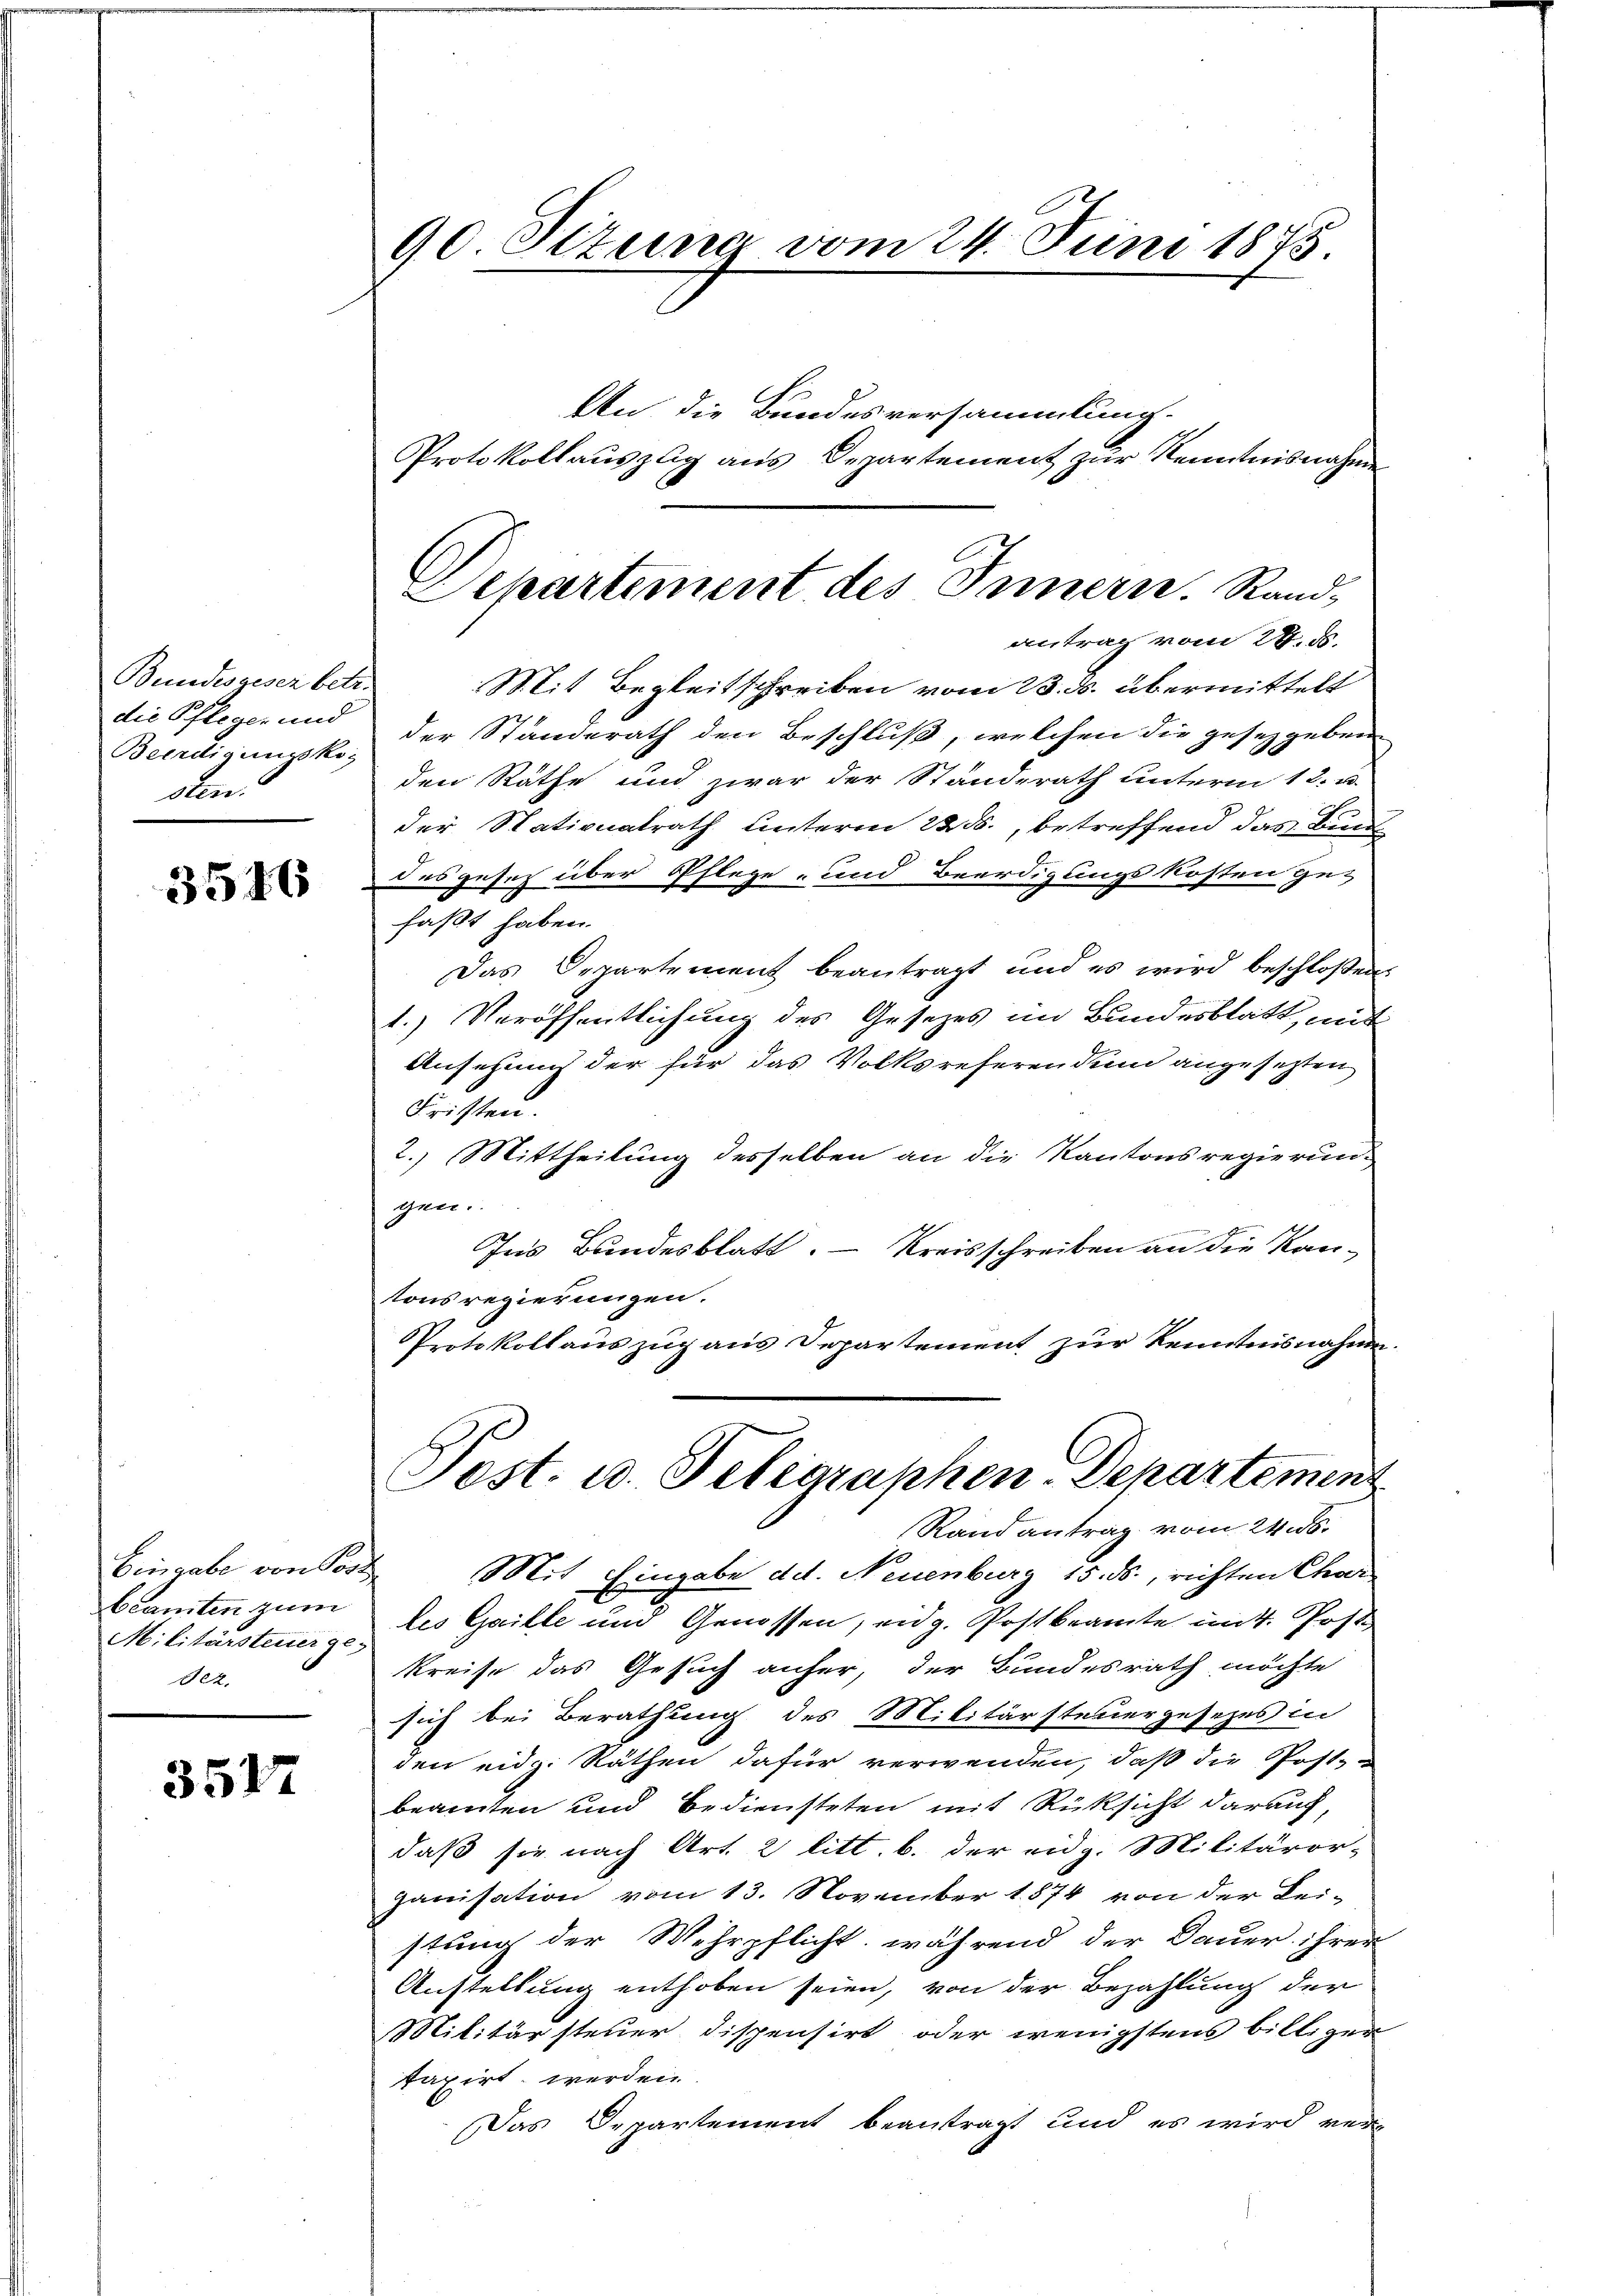
Bundesgesez betr.
die Pflegen und
Beerdigungskosten.

3516

Eingabe von Post
Beamten zum
Militärsteuer ge-
Dez.

3572

90 Pétune vom 24. Juni 1875.
An die Bundesversammlung.
Protokollauszug aus Departement zur Kenntnisnahmen

antrag vom 28. ds.
Mit Begleitschreiben vom 13. ds. übermittelt
der Standerath den Beschluß, welchen die gesetzgeben
den Räthe und zwar der Standerath unterm 12. u.
der Stationalrath unterm 22. ds., betreffend das Bun
des gesetz über Pflege- und Beerdigungskosten ge-
faßt haben.
Das Departement beantragt und es wird beschloßen
1.) Veröffentlichung des Gesetzes im Bundesblatt, mit
Ansehung der für das Volksreferen dem angesetzten
Fristen.
2.) Mittheilung desselben an die Kantonsregierung
gen.
Ins Bundesblatt. – Kreisschreiben an die Kan-
tonsregierungen.
Protokollauszug aus Departement zur Kenntnisnahme
Jost. u. Telegraphen-Departemens
Randantrag vom 24. 6.
Mit Eingabe ad. Neuenburg 15. ds., richten Char
les Gaille und Genossen, und z. Postkramte mit. Poste
kreise das Gesuch anfer, der Bundesrath möchte
sich bei Berathung des Militärsteuergesezes in
den eidg. Räthen dafür verwenden, daß die Post-
beamten und Bediensteten mit Rüksicht darauf,
daß sie nach Art. 2 litt. b. der eidg. Militäror-
ganisation vom 13. November 1874 von der Lei-
stung der Wehrpflicht, während der Dauer ihrer
Anstellung enthoben seien, von der Bezahlung der
Militärsteuer dispensirt oder wenigstens billiger
taxirt werden
Das Departement beantragt und es wird ver-

Departement des Innern. Rand-